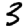
Digit: 3